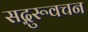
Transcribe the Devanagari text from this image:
सद्गुरूवचन